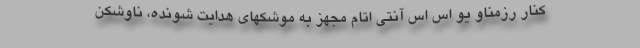
کنار رزمناو یو اس اس آنتی اتام مجهز به موشکهای هدایت شونده، ناوشکن